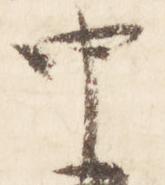
中